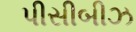
પીસીબીઝ